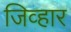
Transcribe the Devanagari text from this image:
जिव्हार